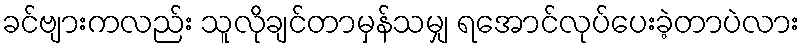
ခင်ဗျားကလည်း သူလိုချင်တာမှန်သမျှ ရအောင်လုပ်ပေးခဲ့တာပဲလား